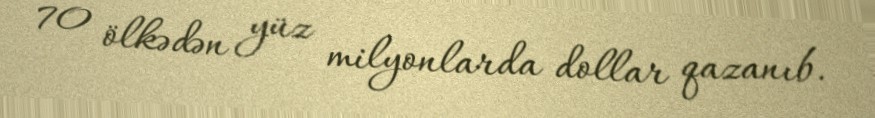
70 ölkədən yüz milyonlarda dollar qazanıb.